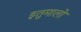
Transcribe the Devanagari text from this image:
इतुमालो